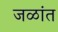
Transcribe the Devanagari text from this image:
जळांत